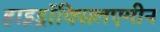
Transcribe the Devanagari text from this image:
हाइड्राॅक्सिलएमीन